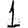
Digit: 1